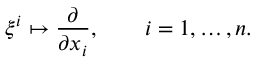
\xi ^ { i } \mapsto \frac { \partial } { \partial x _ { i } } , \qquad i = 1 , \dots , n .